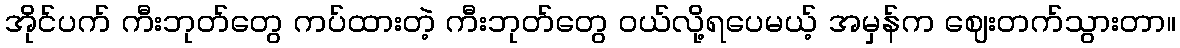
အိုင်ပက် ကီးဘုတ်တွေ ကပ်ထားတဲ့ ကီးဘုတ်တွေ ဝယ်လို့ရပေမယ့် အမှန်က ဈေးတက်သွားတာ။